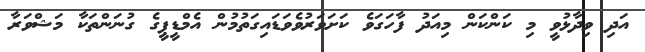
އަދި ވިދާޅުވީ މި ކަންކަން މިއަދު ފާހަގަވެ ކަށަވަރުވެވަޑައިގަތުމުން އެމްޑީޕީގެ ގުނަންތަކާ މަޝްވަރާ